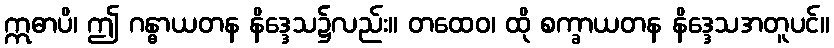
ဣဓာပိ၊ ဤ ဂန္ဓာယတန နိဒ္ဒေသ၌လည်း။ တထေဝ၊ ထို စက္ခာယတန နိဒ္ဒေသအတူပင်။